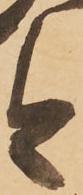
今